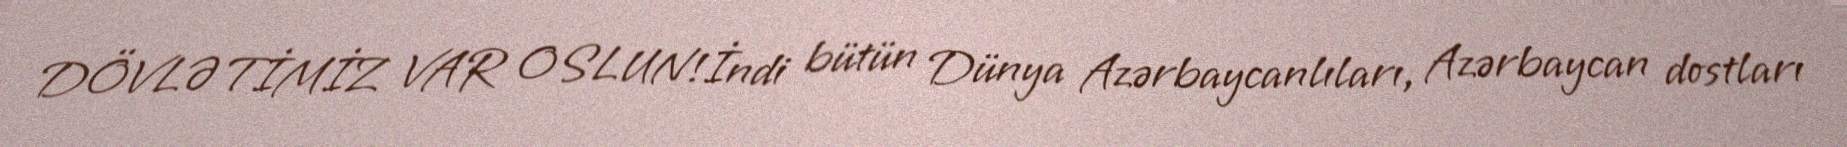
DÖVLƏTİMİZ VAR OSLUN!İndi bütün Dünya Azərbaycanlıları, Azərbaycan dostları